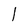
Character: l